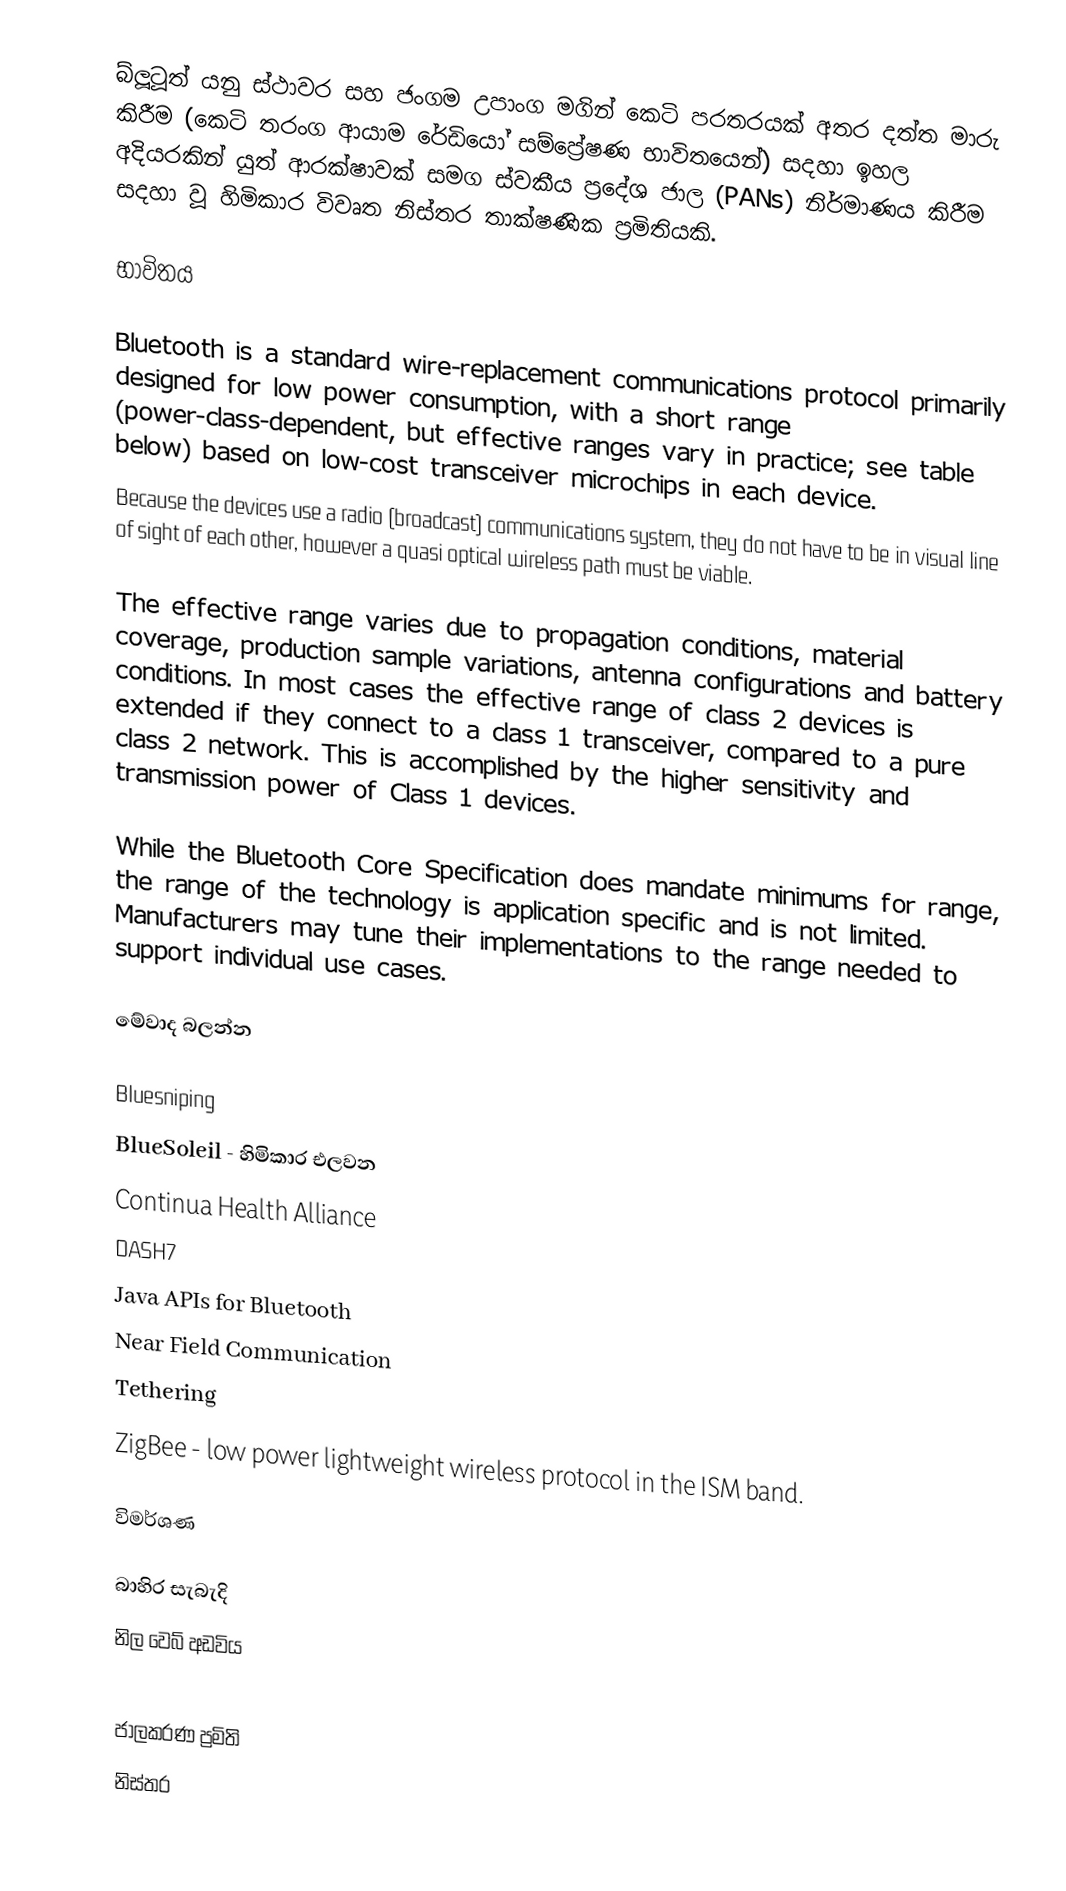
බ්ලූටූත්  යනු ස්ථාවර සහ ජංගම උපාංග මගින් කෙටි පරතරයක් අතර දත්ත මාරු   කිරීම (කෙටි තරංග ආයාම රේඩියෝ සම්ප්‍රේෂණ භාවිතයෙන්) සදහා ඉහල   අදියරකින් යුත් ආරක්ෂාවක් සමග ස්‍වකීය ප්‍රදේශ ජාල (PANs) නිර්මාණය කිරීම සදහා වූ හිමිකාර විවෘත නිස්තර තාක්ෂණික ප්‍රමිතියකි.

භාවිතය

Bluetooth is a standard wire-replacement communications protocol primarily designed for low power consumption, with a short range (power-class-dependent, but effective ranges vary in practice; see table below) based on low-cost transceiver microchips in each device.
Because the devices use a radio (broadcast) communications system, they do not have to be in visual line of sight of each other, however a quasi optical wireless path must be viable.

The effective range varies due to propagation conditions, material coverage, production sample variations, antenna configurations and battery conditions. In most cases the effective range of class 2 devices is extended if they connect to a class 1 transceiver, compared to a pure class 2 network. This is accomplished by the higher sensitivity and transmission power of Class 1 devices.

While the Bluetooth Core Specification does mandate minimums for range, the range of the technology is application specific and is not limited.  Manufacturers may tune their implementations to the range needed to support individual use cases.

මේවාද බලන්න

Bluesniping
BlueSoleil - හිමිකාර එලවන
Continua Health Alliance
DASH7
Java APIs for Bluetooth
Near Field Communication
Tethering
ZigBee - low power lightweight wireless protocol in the ISM band.

විමර්ශණ

බාහිර සැබැදි
නිල වෙබ් අඩවිය

ජාලකරණ ප්‍රමිති
නිස්තර